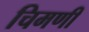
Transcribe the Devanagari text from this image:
चिमणीं